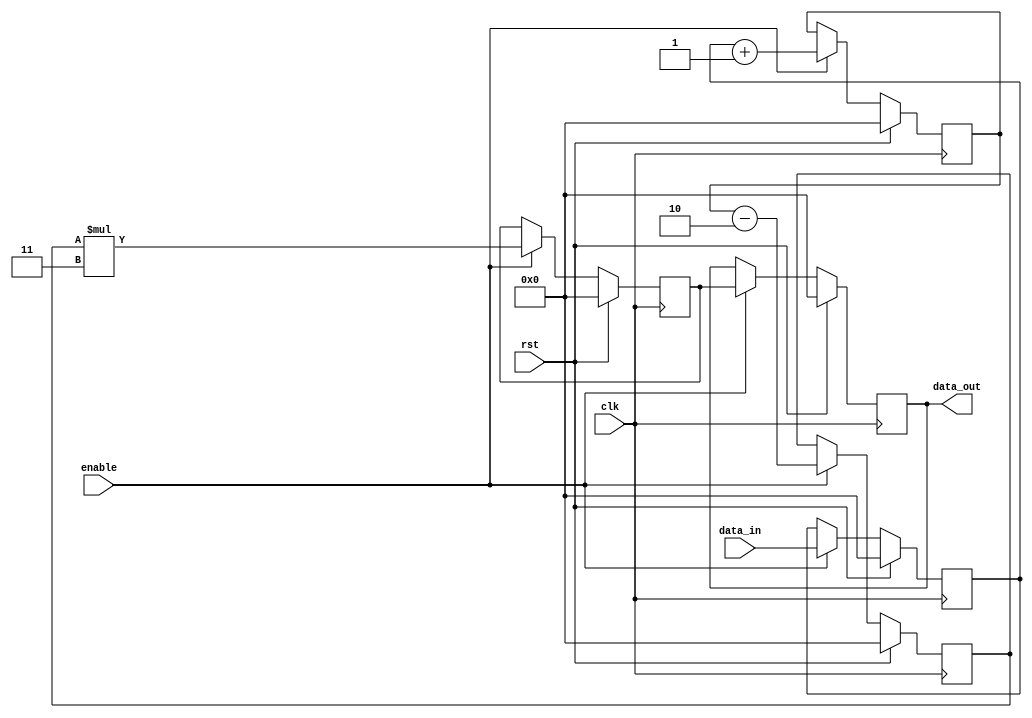
module cascaded_accumulator
(
  input wire clk,
  input wire rst,
  input wire enable,
  input wire [7:0] data_in,
  output reg [7:0] data_out
);

reg [7:0] accumulator [0:3];

always@(posedge clk)
begin
  if(rst)
  begin
    accumulator[0] <= 8'b00000000;
    accumulator[1] <= 8'b00000000;
    accumulator[2] <= 8'b00000000;
    accumulator[3] <= 8'b00000000;
    data_out <= 8'b00000000;
  end
  else if(enable)
  begin
    accumulator[0] <= data_in;
    accumulator[1] <= accumulator[0] + 1; // Example addition operation
    accumulator[2] <= accumulator[1] - 2; // Example subtraction operation
    accumulator[3] <= accumulator[2] * 3; // Example multiplication operation
    data_out <= accumulator[3];
  end
end
endmodule